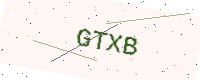
Text: GTXB